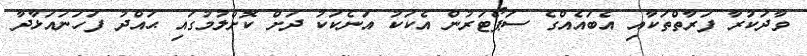
ވާދަކުރާ ފަރާތްތަކާއި އެބައެއްގެ ސަޕޯޓަރުން އެކަކު އަނެކަކު ދަށް ކޮށްލުމުގައި ޙައްދު ފަހަނައަޅާދާ